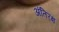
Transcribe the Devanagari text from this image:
अंतिरक्ष